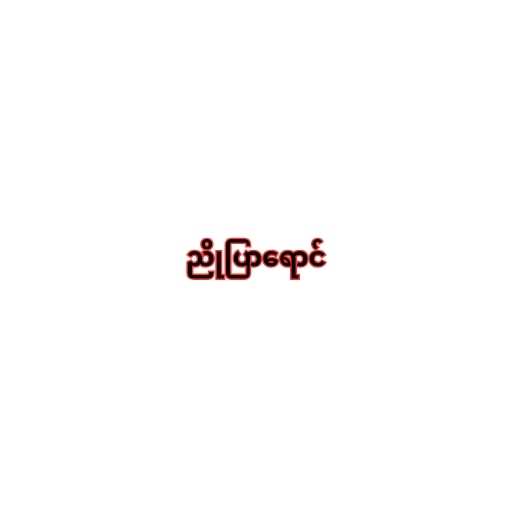
ညိုပြာရောင်